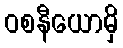
ဝစနီယောမှိ